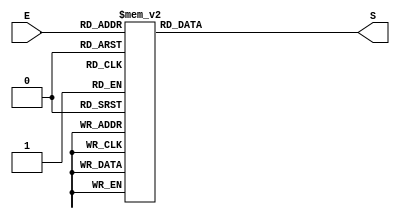
module Decoder(input [2:0]E,
					output reg[7:0] S);
					
		always@(*)begin
	case(E)
		3'b000:S=8'b00000001;
		3'b001:S=8'b00000010;
		3'b010:S=8'b00000100;
		3'b011:S=8'b00001000;
		3'b100:S=8'b00010000;
		3'b101:S=8'b00100000;
		3'b110:S=8'b01000000;
		3'b111:S=8'b10000000;
	endcase
end
endmodule